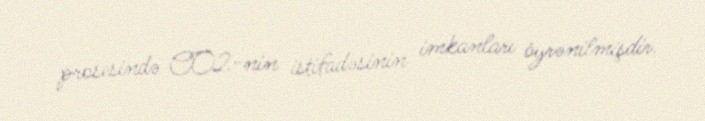
prosesində CO2-nin istifadəsinin imkanları öyrənilmişdir.